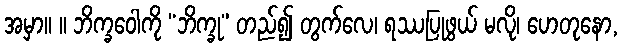
အမှာ။ ။ ဘိက္ခဝေါကို “ဘိက္ခု” တည်၍ တွက်လေ၊ ရဿပြုဖွယ် မလို၊ ဟေတုနော,